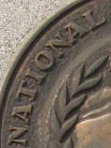
NATIONAL